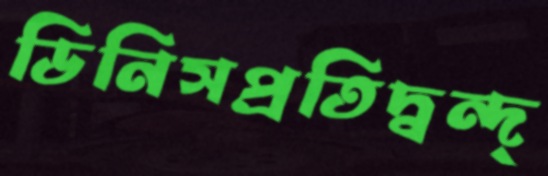
ডিনিসপ্রতিদ্বন্দ্